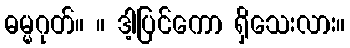
ဓမ္မဂုတ်။ ။ ဒါ့ပြင်ကော ရှိသေးလား။